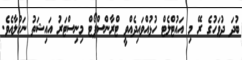
ބުދަ ދުވަހުގެ ރޭ މި އައުޓްލެޓް ހުޅުއްވައިދެއްވީ ޓްރާންސްޕޯޓް މިނިސްޓަރު އައިޝަތު ނަހުލާއެވެ.